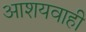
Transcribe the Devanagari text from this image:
आशयवाही